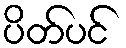
ပိတ်ပင်